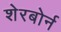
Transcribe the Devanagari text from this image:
शेरबोर्न